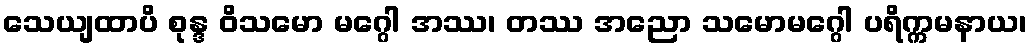
သေယျထာပိ စုန္ဒ ဝိသမော မဂ္ဂေါ အဿ၊ တဿ အညော သမောမဂ္ဂေါ ပရိက္ကမနာယ၊